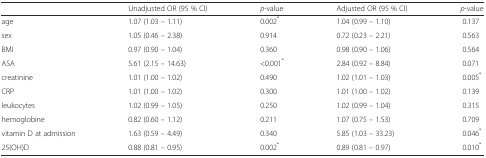
<table><thead><tr><td></td><td><b>Unadjusted OR (95 % CI)</b></td><td><b><i>p</i>-value</b></td><td><b>Adjusted OR (95 % CI)</b></td><td><b><i>p</i>-value</b></td></tr></thead><tbody><tr><td>age</td><td>1.07 (1.03 – 1.11)</td><td>0.002<sup>*</sup></td><td>1.04 (0.99 – 1.10)</td><td>0.137</td></tr><tr><td>sex</td><td>1.05 (0.46 – 2.38)</td><td>0.914</td><td>0.72 (0.23 – 2.21)</td><td>0.563</td></tr><tr><td>BMI</td><td>0.97 (0.90 – 1.04)</td><td>0.360</td><td>0.98 (0.90 – 1.06)</td><td>0.564</td></tr><tr><td>ASA</td><td>5.61 (2.15 – 14.63)</td><td>&lt;0.001<sup>*</sup></td><td>2.84 (0.92 – 8.84)</td><td>0.071</td></tr><tr><td>creatinine</td><td>1.01 (1.00 – 1.02)</td><td>0.490</td><td>1.02 (1.01 – 1.03)</td><td>0.005<sup>*</sup></td></tr><tr><td>CRP</td><td>1.01 (1.00 – 1.02)</td><td>0.300</td><td>1.01 (1.00 – 1.02)</td><td>0.139</td></tr><tr><td>leukocytes</td><td>1.02 (0.99 – 1.05)</td><td>0.250</td><td>1.02 (0.99 – 1.04)</td><td>0.315</td></tr><tr><td>hemoglobine</td><td>0.82 (0.60 – 1.12)</td><td>0.211</td><td>1.07 (0.75 – 1.53)</td><td>0.709</td></tr><tr><td>vitamin D at admission</td><td>1.63 (0.59 – 4.49)</td><td>0.340</td><td>5.85 (1.03 – 33.23)</td><td>0.046<sup>*</sup></td></tr><tr><td>25(OH)D</td><td>0.88 (0.81 – 0.95)</td><td>0.002<sup>*</sup></td><td>0.89 (0.81 – 0.97)</td><td>0.010<sup>*</sup></td></tr></tbody></table>